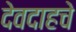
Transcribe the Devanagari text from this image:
देवदाहचे